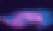
অ